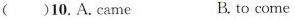
()10.A.came B.to come